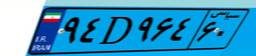
۷۰D۰۳۸۹۱